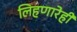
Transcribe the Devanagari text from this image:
लिहणारेही